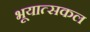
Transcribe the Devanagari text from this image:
भूयात्सकल